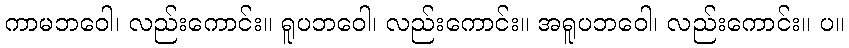
ကာမဘဝေါ၊ လည်းကောင်း။ ရူပဘဝေါ၊ လည်းကောင်း။ အရူပဘဝေါ၊ လည်းကောင်း။ ပ။